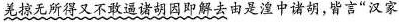
羌掠无所得又不敢逼诸胡因即解去由是湟中诸胡，皆言”汉家